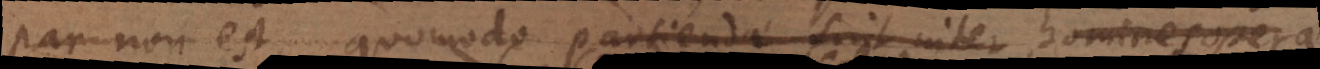
par non est, quomodo partiendae sint inter homines oper